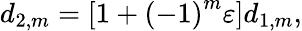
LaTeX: d_{2,m}=\left[1+\left(-1\right)^{m}\varepsilon\right]d_{1,m},